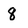
Character: 8